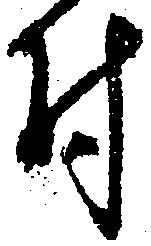
付